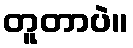
တူတာပဲ။